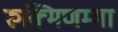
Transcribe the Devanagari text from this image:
रुक्मिणम्मा